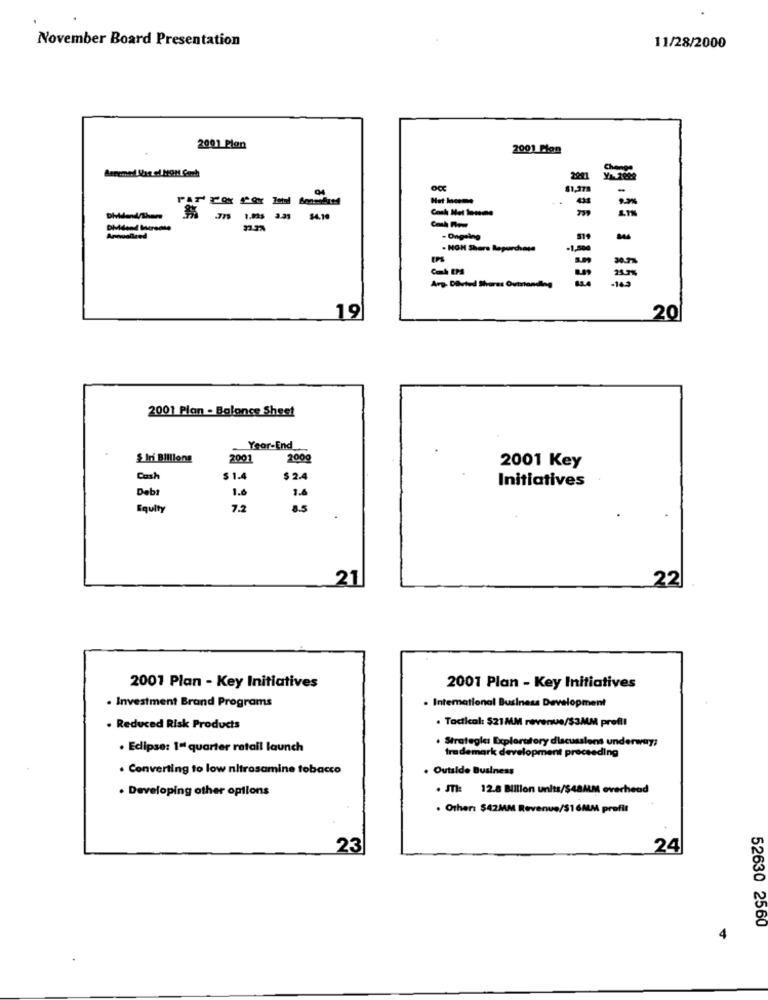
November Board Presentation
11/28/2000
2001 Pion
2001 Plon
Change
2001
04
-
Coch Met Tossine
m
.775
$4.19
DMdund Meremse
. Ongeling
. NOH Shora Repurchase
-1,500
EPS
-14.3
15
Arg- Diluted Shores Ovtrionding
19
20
2001 Plan - Balance Sheet
Year-End_
$ Iri Billions
2001
200g
2001 Key
Cash
$ 1.4
$ 2.4
Initiatives
1.6
Debt
Equity
7.2
8.5
21
22
2001 Plan - Key Initiatives
2001 Plan - Key Initiatives
. Investment Brand Programs
. International Business Development
. Tactical: $21MM revenue/$3MM pref !!
. Reduced Risk Products
· Strategies Exploratory discusslens underway:
. Eclipse: 1ª quarter retail launch
trademark development proceeding
. Converting to low nitrasamine tobacco
Outside Business
. Developing other options
. JTl: 12.8 Billion units/$48MM overhead
. Other: $42MM Revenue/$16MM profil
23
24
52630 2560